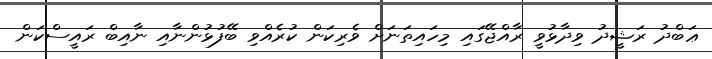
ޢަބްދު ރަޝީދު ވިދާޅުވީ ރާއްޖޭގައި މިހައިތަނަށް ވެރިކަން ކުރެއްވި ބޭފުޅުންނާއި ނާއިބް ރައީސްކަން